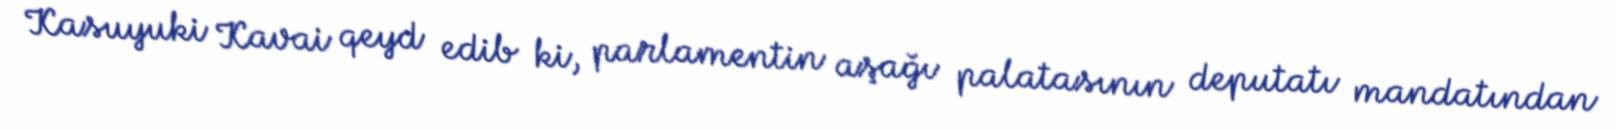
Kasuyuki Kavai qeyd edib ki, parlamentin aşağı palatasının deputatı mandatından